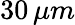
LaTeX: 30\, \mu m